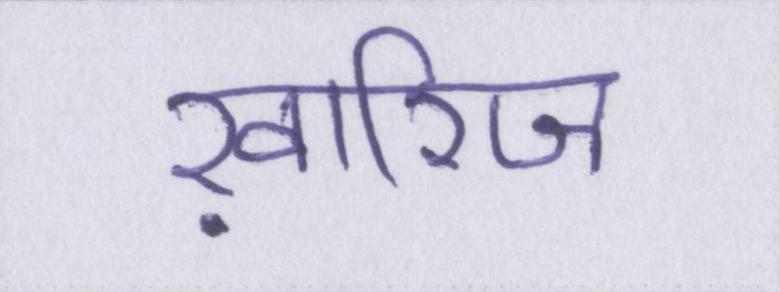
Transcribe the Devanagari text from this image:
ख़ारिज